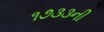
૧૭૩૩ની